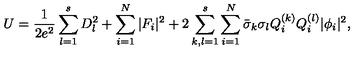
U = \frac 1 { 2 e ^ { 2 } } \sum _ { l = 1 } ^ { s } D _ { l } ^ { 2 } + \sum _ { i = 1 } ^ { N } | F _ { i } | ^ { 2 } + 2 \sum _ { k , l = 1 } ^ { s } \sum _ { i = 1 } ^ { N } \bar { \sigma } _ { k } \sigma _ { l } Q _ { i } ^ { ( k ) } Q _ { i } ^ { ( l ) } | \phi _ { i } | ^ { 2 } ,